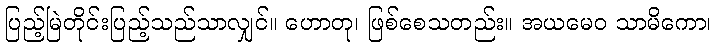
ပြည့်မြဲတိုင်းပြည့်သည်သာလျှင်။ ဟောတု၊ ဖြစ်စေသတည်း။ အယမေဝ သာမိကော၊